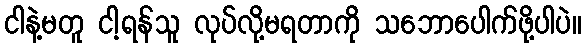
ငါနဲ့မတူ ငါ့ရန်သူ လုပ်လို့မရတာကို သဘောပေါက်ဖို့ပါပဲ။